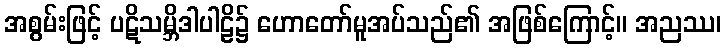
အစွမ်းဖြင့် ပဋိသမ္ဘိဒါပါဠိ၌ ဟောတော်မူအပ်သည်၏ အဖြစ်ကြောင့်။ အညဿ၊